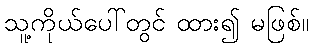
သူ့ကိုယ်ပေါ်တွင် ထား၍ မဖြစ်။